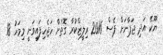
ޔޫކޭ އަދި ޖަޕާނަށް ޕެސް 2016 ރިލީޒްކުރާ ގޮތަށް ހަޖެހިފައިވަނީ މިމަހު 18